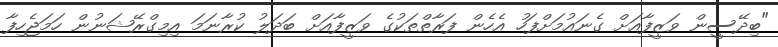
"ބިދޭސީން ވަޒީފާއަށް ގެނައުމަށްފަހު އެހެން ފަރާތްތަކުގެ ވަޒީފާއަށް ބަދަލު ކުރާނަމަ އިމިގްރޭޝަނުން ހަމަޖެހިފާ